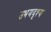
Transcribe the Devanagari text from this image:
उभयदृश्य